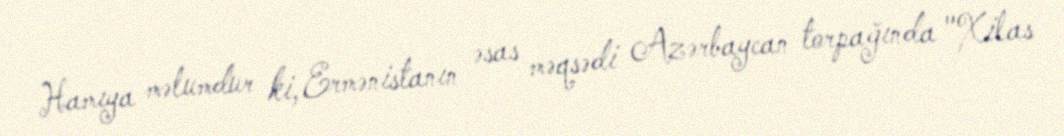
Hamıya məlumdur ki, Ermənistanın əsas məqsədi Azərbaycan torpağında "Xilas